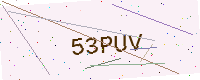
Text: 53PUV